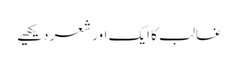
غالب کا ایک اور شعر دیکھیے